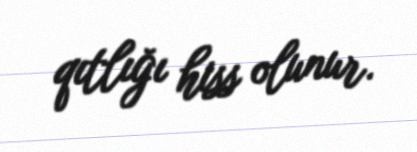
qıtlığı hiss olunur.